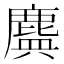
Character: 𪊻